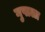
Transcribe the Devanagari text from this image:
गुपाला